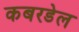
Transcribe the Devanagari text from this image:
कबरडेल